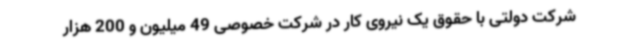
شرکت دولتی با حقوق یک نیروی کار در شرکت خصوصی 49‌ میلیون‌ و 200 هزار